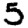
Digit: 5